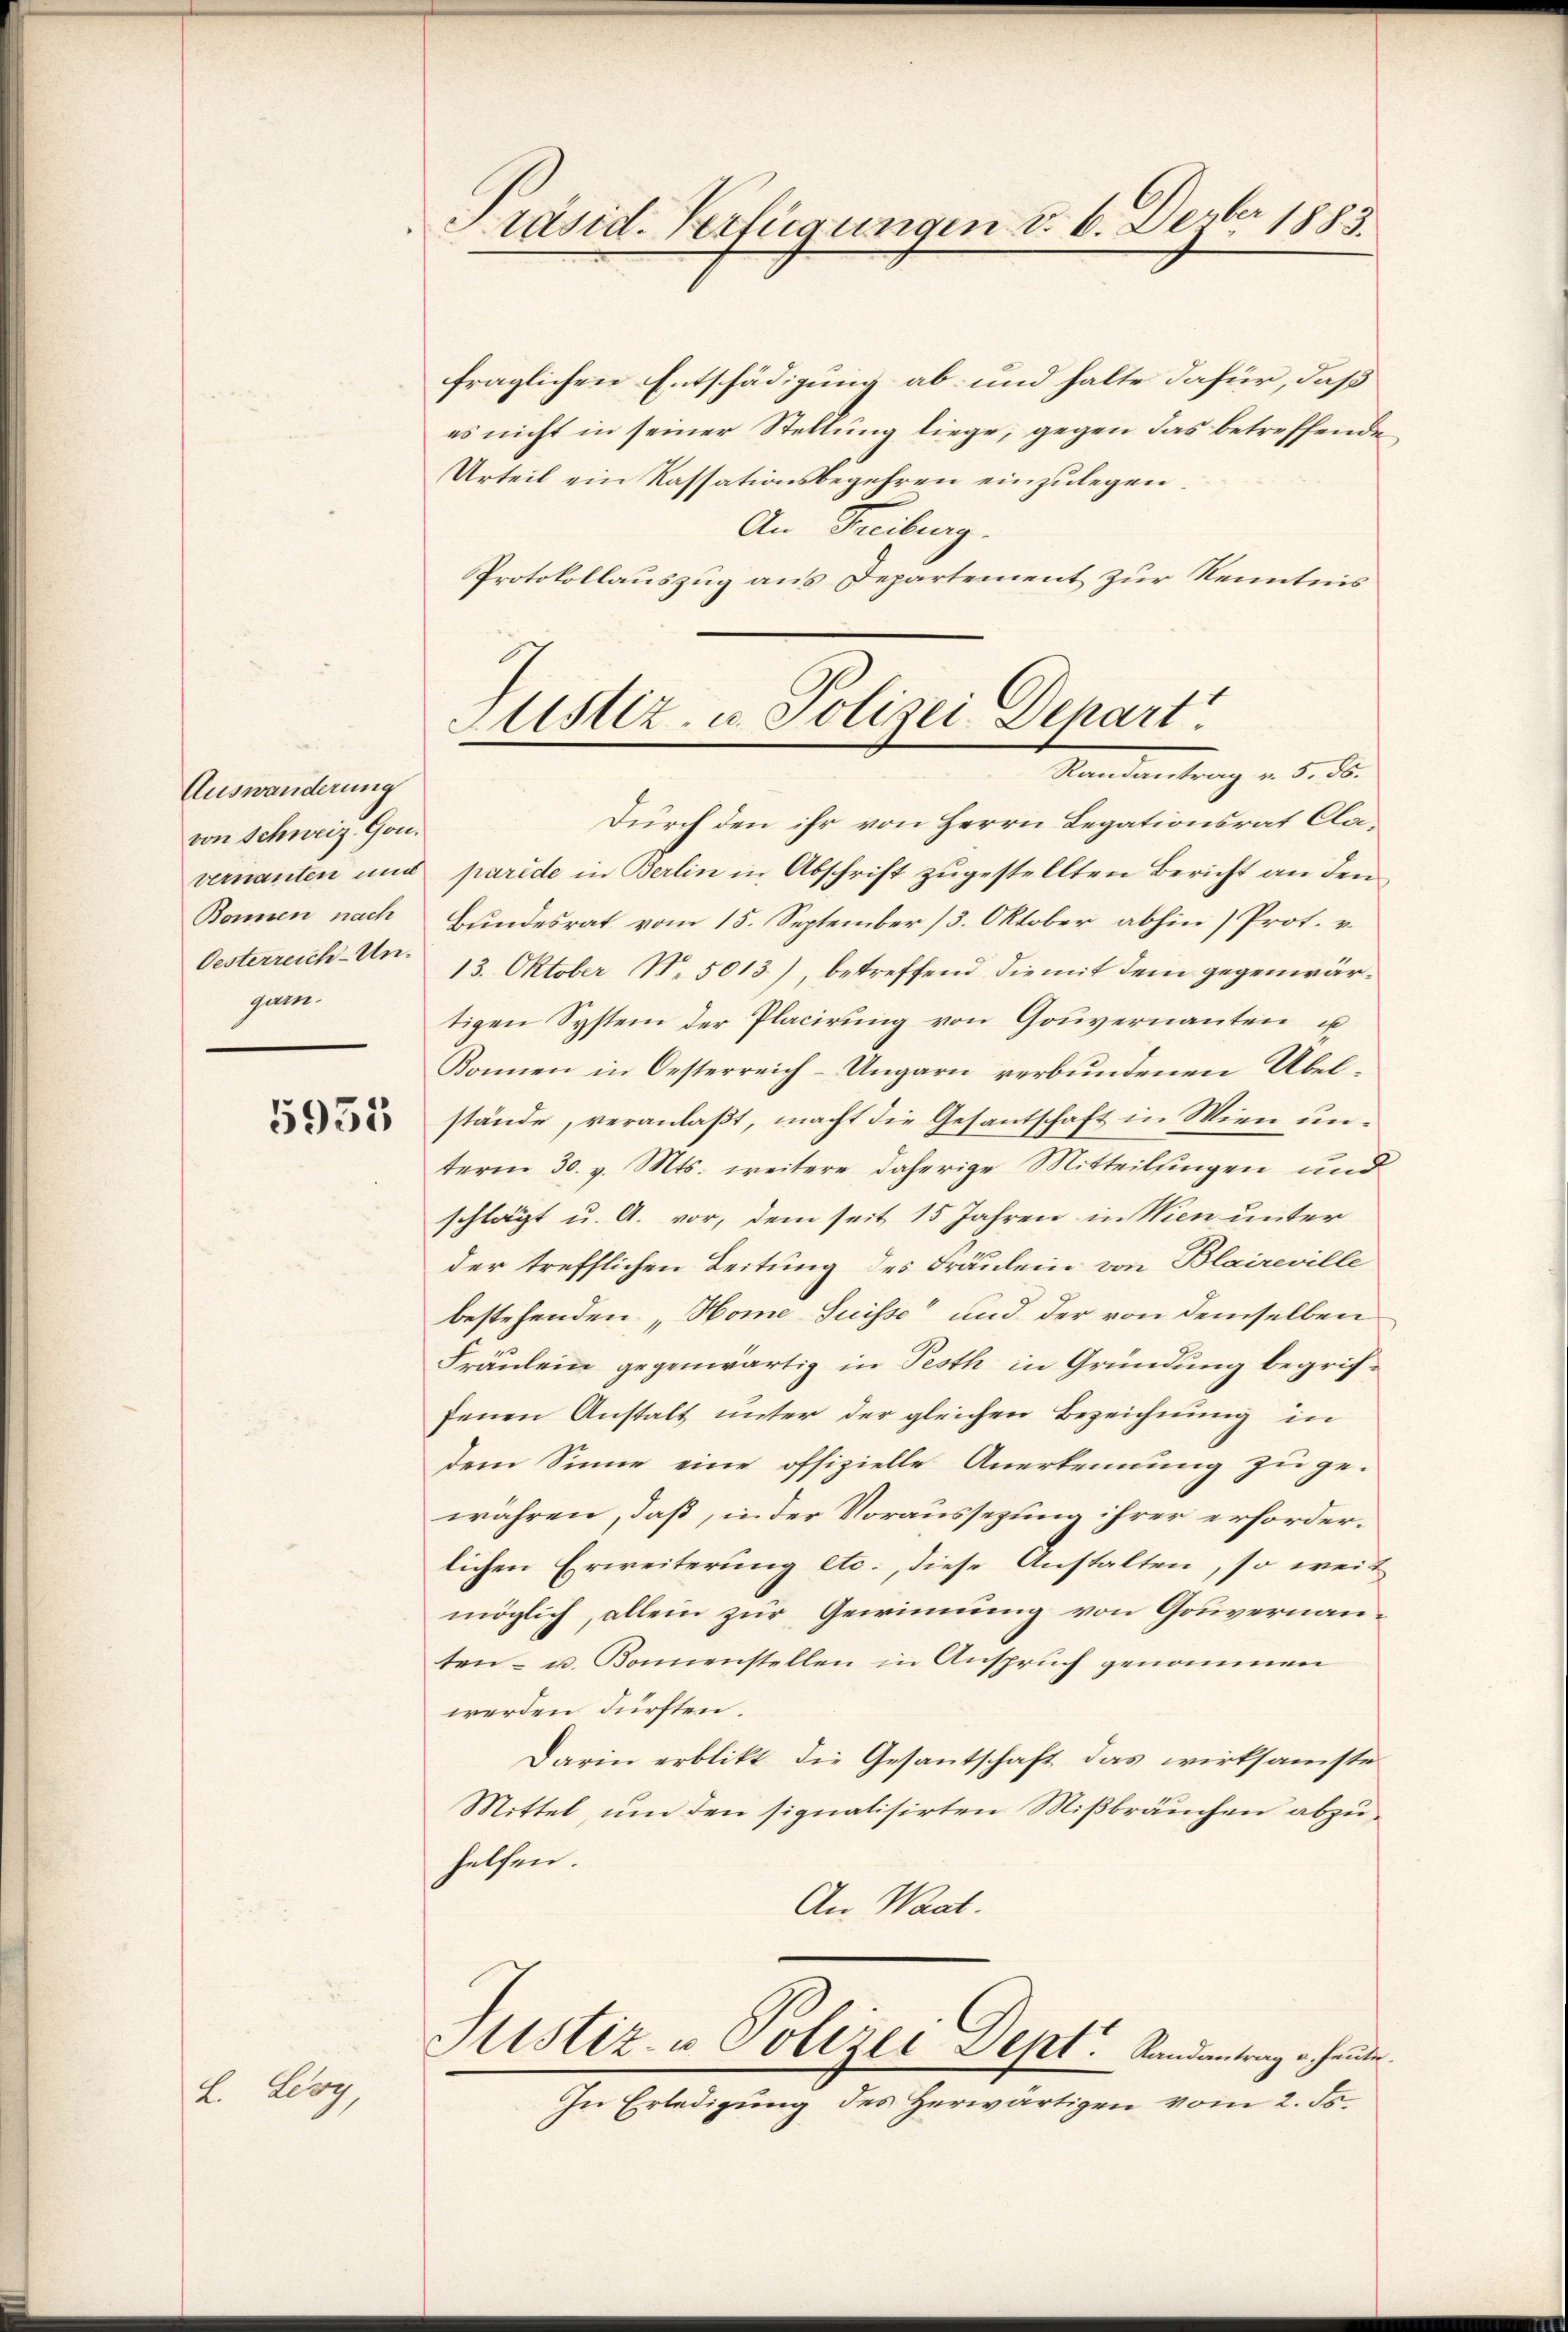
Auswanderung
von Schweiz. Gon.
vernanten und
Bonnen nach
Oesterreich-Ungarn.

5955

L. Leoy,

Präsid. Verfügungen d. 6. Dezbr 1883

fraglichen Entschädigung ab- und halte dafür, daß
es nicht in seiner Stellung liege, gegen das betreffenden
Urteil ein Kassationsbegehren einzulegen
An Freiburg.
Protokollauszug aus Departement zur Kenntnis

Justiz- u. Polizei Depart
Randantrag v. 5. ds.

Durch den ihr von Herrn Legationsrat Claparide in Berlin in Abschrift zugestellten Bericht an den
Bundesrat vom 15. September (3. Oktober abhin (Prot. v.
13. Oktober N. 5013), betreffend die mit dem gegenwärtigen System der Placirung von Gouvernanten u
Konnen in Oesterreich-Ungarn verbundenen Übel-
stände, veranlaßt, macht die Gesantschaft in Wien unterm 30. v. Mts. weitere daherige Mitteilungen und
schlägt u. A. vor, dem seit 15 Jahren in Wien unter
der trefflichen Leitung des Fräulein von Blaireville
bestehenden „Home Suisse“ und der von demselben
Fräulein gegenwärtig in Pesth in Gründung begriffenen Anstalt unter der gleichen Bezeichnung in
dem Sinne eine offizielle Anerkennung zu ge-
währen, daß, in der Voraussetzung ihrer erforderlichen Erweiterung etc., diese Anstalten, so weimöglich, allein zur Gewinnung von Gouvernanten- u. Konnenstellen in Anspruch genommen
werden dürften.
Darin erblikt die Gesantschaft das wirksamste
Mittel, um den signalisirten Mißbräuchen abzuhelfen.
An Waat.
Sistiz- u Polizei Dept. Randantrag erhanden.
In Erledigung des Herwärtigen vom 2. ds.